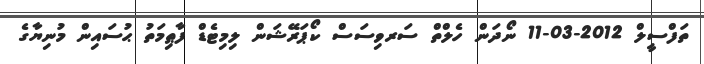
ތަފްސީލް 2012-03-11 ނޯދަން ހެލްތް ސަރވިސަސް ކޯޕަރޭޝަން ލިމިޓެޑް ފާޠިމަތު ޙުސައިން މުނިޔާގެ